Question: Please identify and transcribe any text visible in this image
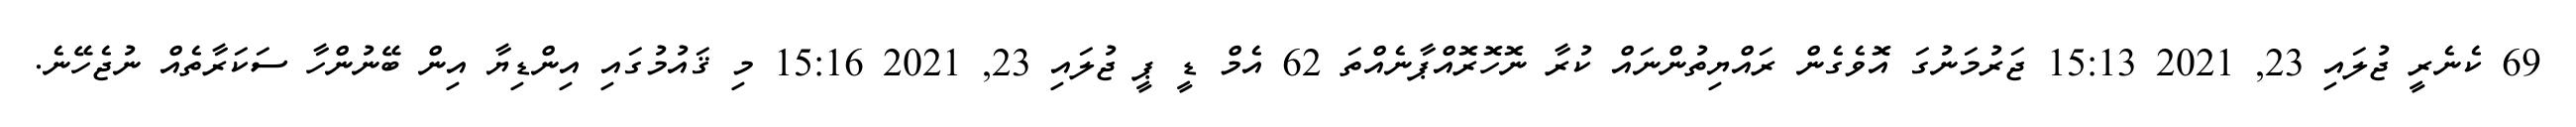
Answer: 69 ކެނެރީ ޖުލައި 23, 2021 15:13 ޖަރުމަނުގަ އޮވެގެން ރައްޔިތުންނައް ކުރާ ނޮހޮރޮއްޕާނެއްތަ 62 އެމް ޑީ ޕީ ޖުލައި 23, 2021 15:16 މި ޤައުމުގައި އިންޑިޔާ އިން ބޭނުންހާ ސަކަރާތެއް ނުޖެހޭނެ.